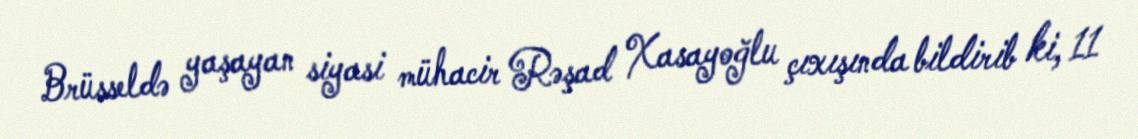
Brüsseldə yaşayan siyasi mühacir Rəşad Xasayoğlu çıxışında bildirib ki, 11